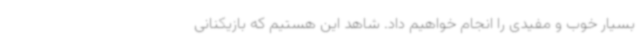
بسیار خوب و مفیدی را انجام خواهیم داد. شاهد این هستیم که بازیکنانی